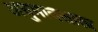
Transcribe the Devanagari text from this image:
अनुमानशास्त्र